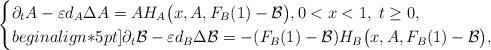
LaTeX: \begin{align*}\begin{cases} \partial_t A-\varepsilon d_A\Delta A = AH_A\big(x,A,F_B(1)-\mathcal B\big), 0 < x < 1, \; t \geq 0, \\begin{align*}5pt] \partial_t \mathcal B-\varepsilon d_B\Delta \mathcal B = -(F_B(1)-\mathcal B)H_B\big(x,A,F_B(1)-\mathcal B\big),\end{cases}\end{align*}